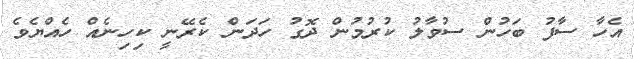
އެހާ ސާފު ބަހުން ސުވާލު ކުރުމުން ދޮގު ހަދަން ކެރޭނީ ކިހިނެއް ހެއްޔެވެ